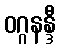
ဝဂ္ဂနန္ဒီ